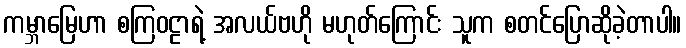
ကမ္ဘာမြေဟာ စကြဝဠာရဲ့ အလယ်ဗဟို မဟုတ်ကြောင်း သူက စတင်ပြောဆိုခဲ့တာပါ။